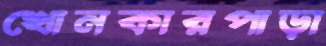
খোনকারপাড়া